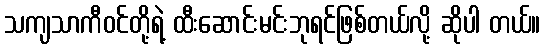
သကျသာကီဝင်တို့ရဲ့ ထီးဆောင်းမင်းဘုရင်ဖြစ်တယ်လို့ ဆိုပါ တယ်။